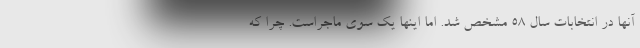
آنها در انتخابات سال 58 مشخص شد. اما اینها یک سوی ماجراست. چرا که